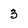
Character: 3